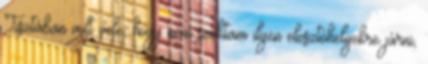
Tisztában volt vele, hogy nem szoktam ilyen elosztóhelyekre járni,